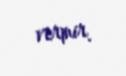
vermir.